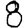
Digit: 8